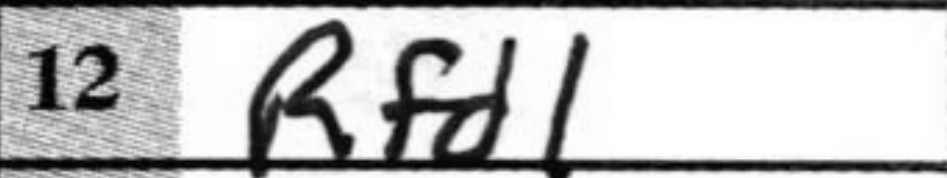
Transcription: Rfd1